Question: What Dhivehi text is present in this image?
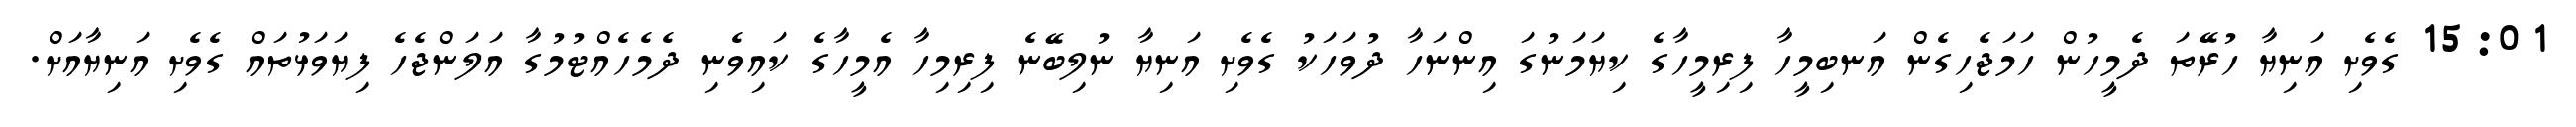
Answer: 15:01 ގެވެށި އަނިޔާ ހުރޭތަ ދެމީހުން ހަމަޖެހިގެން އަނބިމީހާ ފިރިމީހާގެ ކިޔަމަނުގަ އިންނަހާ ދުވަހަކު ގެވެށި އަނިޔާ ނުލިބޭނެ ފިރިމިހާ އެމީހާގެ ކައިވެނި ދެމެހެއްޓުމުގާ އަލަންޖެހެ ފިޔަވަޅުތައް ގެވެށި އަނިޔާއަށް.